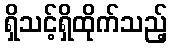
ရှိသင့်ရှိထိုက်သည့်